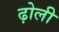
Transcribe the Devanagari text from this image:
ढ़ोली